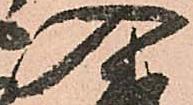
入